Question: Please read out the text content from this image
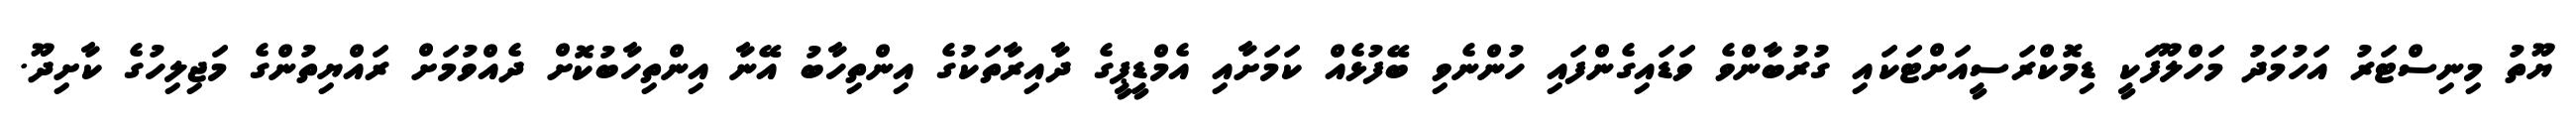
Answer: ޔޫތު މިނިސްޓަރު އަހުމަދު މަހްލޫފަކީ ޑިމޮކްރަސީއަށްޓަކައި ގުރުބާންވެ ވަޑައިގެންފައި ހުންނެވި ބޭފުޅެއް ކަމަށާއި އެމްޑީޕީގެ ދާއިރާތަކުގެ އިންތިހާބު އޭނާ އިންތިހާބުކޮށް ދެއްވުމަށް ރައްޔިތުންގެ މަޖިލިހުގެ ކާށިދޫ.